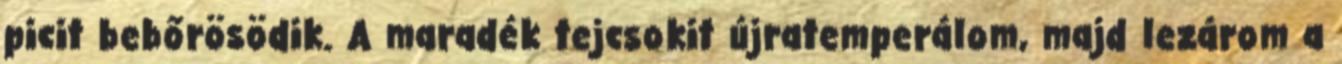
picit bebőrösödik. A maradék tejcsokit újratemperálom, majd lezárom a